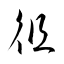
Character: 徂